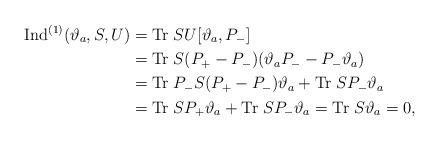
LaTeX: \begin{align*}{\rm Ind}^{(1)}(\vartheta_a,S,U)&={\rm Tr}\; SU[\vartheta_a,P_-]\\&={\rm Tr}\; S(P_+-P_-)(\vartheta_a P_--P_-\vartheta_a)\\&={\rm Tr}\; P_-S(P_+-P_-)\vartheta_a+{\rm Tr}\; SP_-\vartheta_a\\&={\rm Tr}\; SP_+\vartheta_a+{\rm Tr}\; SP_-\vartheta_a={\rm Tr}\; S\vartheta_a=0, \end{align*}